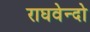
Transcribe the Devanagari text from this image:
राघवेन्दो